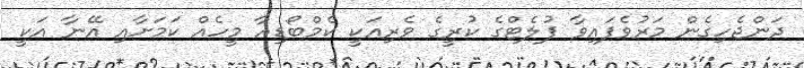
ދަންޖެހިގެން މަރުވެފައިވާ ފުލެޓްގެ ކުރީގެ ވެރިއަކީ ކެމްބޯޑިއާ މީހެއް ކަމަށާއި އޭނާ އަކީ